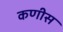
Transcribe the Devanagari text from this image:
कणीस